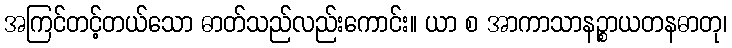
အကြင်တင့်တယ်သော ဓာတ်သည်လည်းကောင်း။ ယာ စ အာကာသာနဉ္စာယတနဓာတု၊